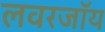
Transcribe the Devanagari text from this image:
लवरजॉय